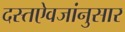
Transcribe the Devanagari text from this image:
दस्तऐवजांनुसार